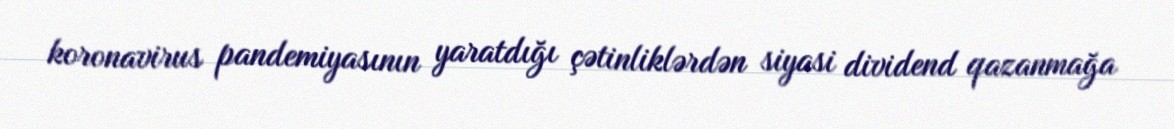
koronavirus pandemiyasının yaratdığı çətinliklərdən siyasi dividend qazanmağa